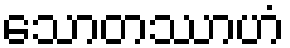
သောတဿာဟံ